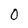
Character: O